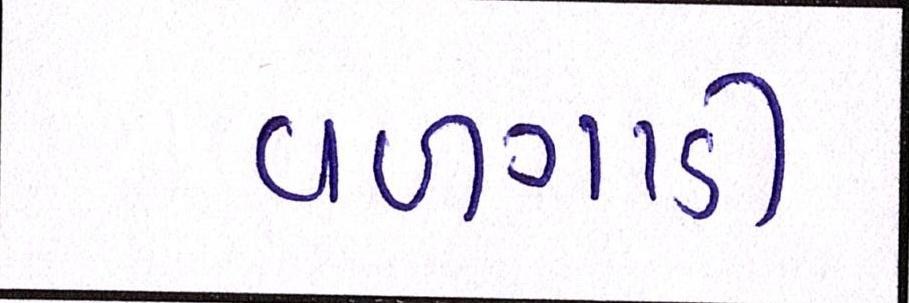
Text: વળગાડી